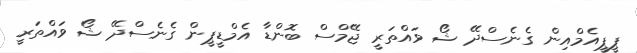
ޕީޕީއެމްއިން ގެނެސްދޭ ޝޯ ވައްތަރީ ޖޭމްސް ބޮންޑާ އެމްޑީޕީން ގެނެސްދޭ ޝޯ ވައްތަރީ